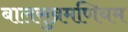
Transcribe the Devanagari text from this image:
बालसुब्रमणियम